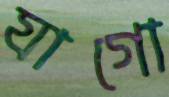
যাগো